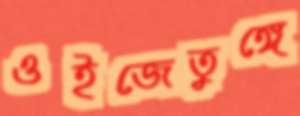
ওইজেতুঙ্গে